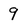
Character: 9